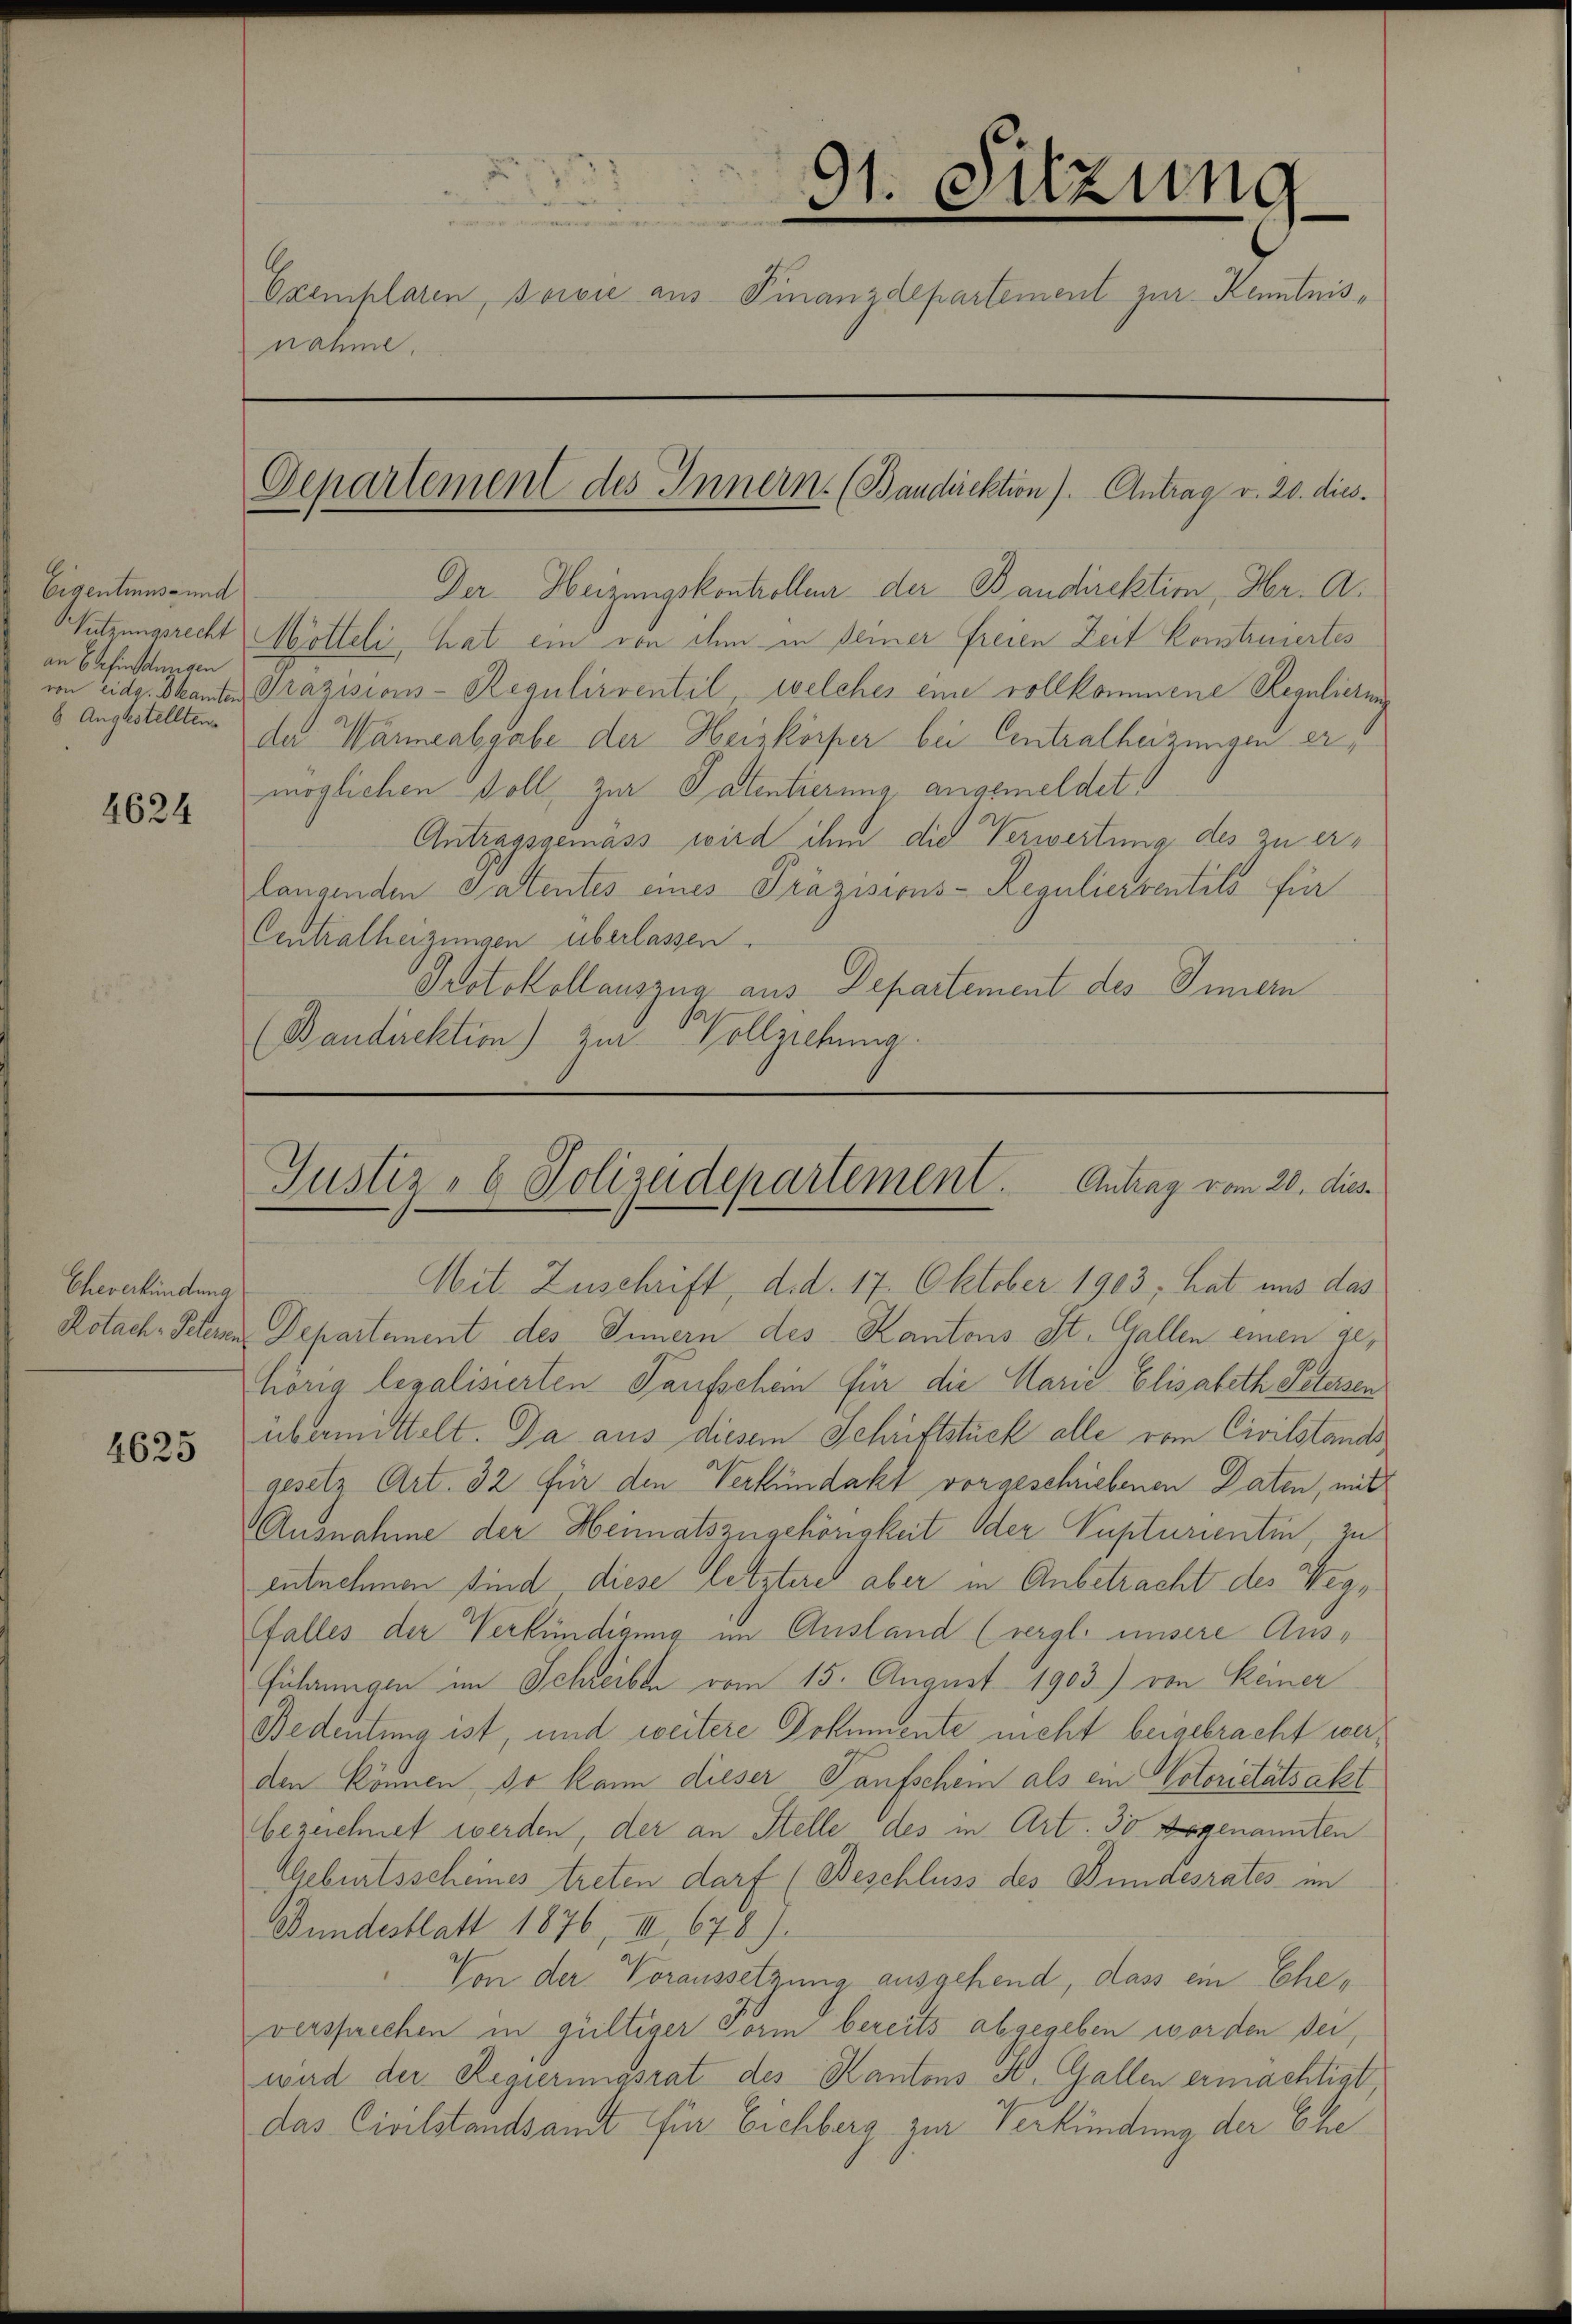
Eigentinus- und
an Erfinstungen
6 Augestellten

4624

Cheverkündung
Rotach, Peteren

4625

91. Sitzung
e
Exemplaren, sowie aus Finanzdepartement zur Kenntnisnähme,

Departement des Innern. (Bandirektion). Antrag v. 20. dies.

Der Heizungskontrollen der Bandirektion Hr. A.
Sutzungsrecht Mölteli, hat ein von dem in seiner freien Zeit konstreuertes
von Eidg. Skanten Präzisions-Regulirventil, welches eine vollkommene Regulierung
de Wärmeabgabe der Heiskörper bei Centralheizungen ermöglichen Soll zur Patentierung angemeldet
Antragsgemäss wird ihm die Verwertung des zu erlangenden Patentes eines Präzisions-Reguliersentils für
Centralheizungen überlassen.
Protokollauszug aus Departement des Innern
(Bandirektion) zur Vollziehung.

Justiz- & Polizeidepartement. Antrag vom 20. dies

Mit Zuschrift, d. d. 17. Oktober 1903, hat uns das
Departanent des Innern des Kantons St. Gallen einen gehörig legalisierten Taufschein für die Marie Elisabeth Petersen
übermittelt. Da aus diesem Schriftstück alle vom Civilstandsgesetz Art. 32 für den Verkündakt vorgeschriebenen Daten, mit
Ausnahme der Heimatszugehörigkeit oder Nupturientin, zu
entnehmen sind diese letztere aber in Anbetracht des Weg¬
Falles der Verkündigung im Ausland (vergl. unsere Ausführungen im Schreiben vom 15. August 1903) von Keiner
Bedeutung ist, und weitere Dokumente nicht beigebracht werden können, so kann dieser Taufschein als ein Votoritätsakt
bezeichnet werden, der an Stelle des in Art. 30 Bogenannten
Geburtsscheines treten darf (Beschluss des Bundesrates im
Bundesblatt 1876, III 678).
Von der Voraussetzung ausgehend, dass ein Eheversprechen in gültiger Form bereits abgegeben worden sei,
wird der Regierungsrat des Kantons St. Gallen ermächtigt,
das Civilstandsamt für Eichberg zur Verkündung der Ehe